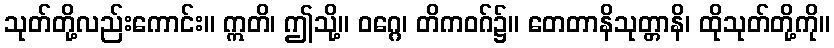
သုတ်တို့လည်းကောင်း။ ဣတိ၊ ဤသို့။ ဝဂ္ဂေ၊ တိကဝဂ်၌။ တေတာနိသုတ္တာနိ၊ ထိုသုတ်တို့ကို။